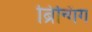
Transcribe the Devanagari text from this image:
ब्रिन्गिंग